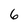
Character: 6